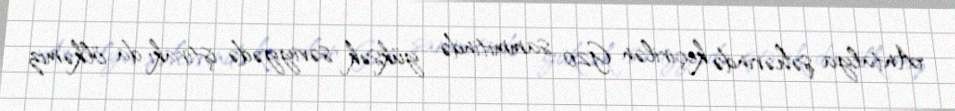
Antalya şəhərində keçirilən G20 sammitində yüksək səviyyədə iştirakı da ölkəmiz